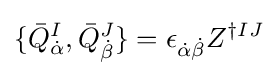
\{{\bar {Q}}_{\dot {\alpha }}^{I},{\bar {Q}}_{\dot {\beta }}^{J}\}=\epsilon _{{\dot {\alpha }}{\dot {\beta }}}Z^{\dagger IJ}